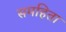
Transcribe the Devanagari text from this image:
समहिता